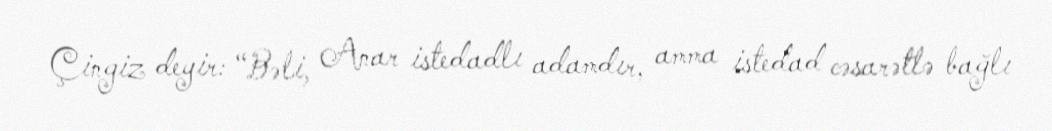
Çingiz deyir: “Bəli, Anar istedadlı adamdır, amma istedad cəsarətlə bağlı